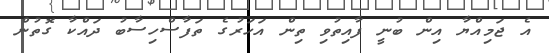
އެ ޖަމިއްޔާ އިން ބުނީ ފާއިތުވި ތިން އަހަރުގެ ތަފާސްހިސާބު ދައްކާ ގޮތުން